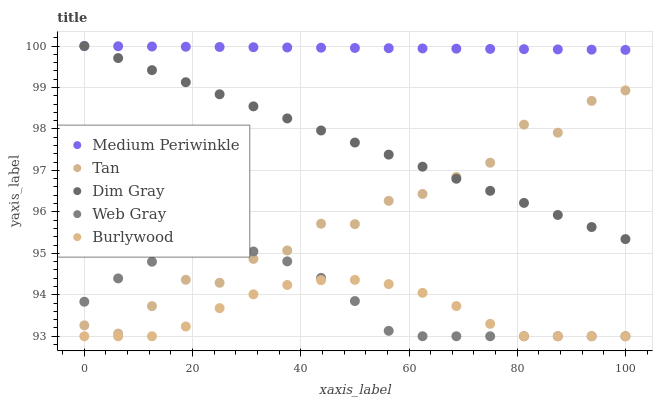
| xaxis_label | Medium Periwinkle | Tan | Dim Gray | Web Gray | Burlywood |
 | --- | --- | --- | --- | --- | --- |
 | 0 | 100 | 93.3 | 100 | 93.8 | 93 |
 | 6.25 | 100 | 93.1 | 99.7 | 94.4 | 93 |
 | 12.5 | 100 | 93.7 | 99.4 | 94.8 | 93 |
 | 18.8 | 100 | 94.4 | 99.1 | 95 | 93.2 |
 | 25 | 100 | 94.3 | 98.8 | 95.1 | 93.7 |
 | 31.2 | 100 | 94.9 | 98.5 | 95 | 94 |
 | 37.5 | 100 | 95.1 | 98.3 | 94.8 | 94.2 |
 | 43.8 | 100 | 95.7 | 98 | 94.4 | 94.4 |
 | 50 | 100 | 95.7 | 97.7 | 93.8 | 94.4 |
 | 56.2 | 99.9 | 96.3 | 97.4 | 93.1 | 94.3 |
 | 62.5 | 99.9 | 96.4 | 97.1 | 93 | 94 |
 | 68.8 | 99.9 | 96.8 | 96.8 | 93 | 93.7 |
 | 75 | 99.9 | 97.2 | 96.5 | 93 | 93.3 |
 | 81.2 | 99.9 | 98.1 | 96.2 | 93 | 93 |
 | 87.5 | 99.9 | 97.9 | 95.9 | 93 | 93 |
 | 93.8 | 99.9 | 98.7 | 95.6 | 93 | 93 |
 | 100 | 99.9 | 98.9 | 95.3 | 93 | 93 |